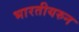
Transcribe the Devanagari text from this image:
भारतीयरुन